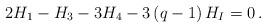
LaTeX: \begin{align*}2H_1-H_3-3H_4-3\left(q-1\right)H_I=0\,.\end{align*}